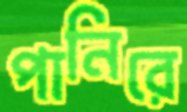
পানিরে